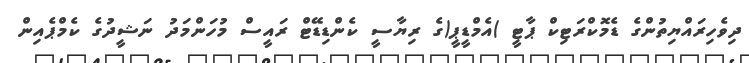
ދިވެހިރައްޔިތުންގެ ޑެމޮކްރަޓިކް ޕާޓީ )އެމްޑީޕީ(ގެ ރިޔާސީ ކެންޑިޑޭޓް ރައީސް މުހަންމަދު ނަޝީދުގެ ކެމްޕެއިން